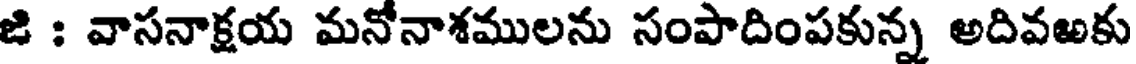
జి : వాసనాక్షయ మనోనాశములను సంపాదింపకున్న అదివఱకు